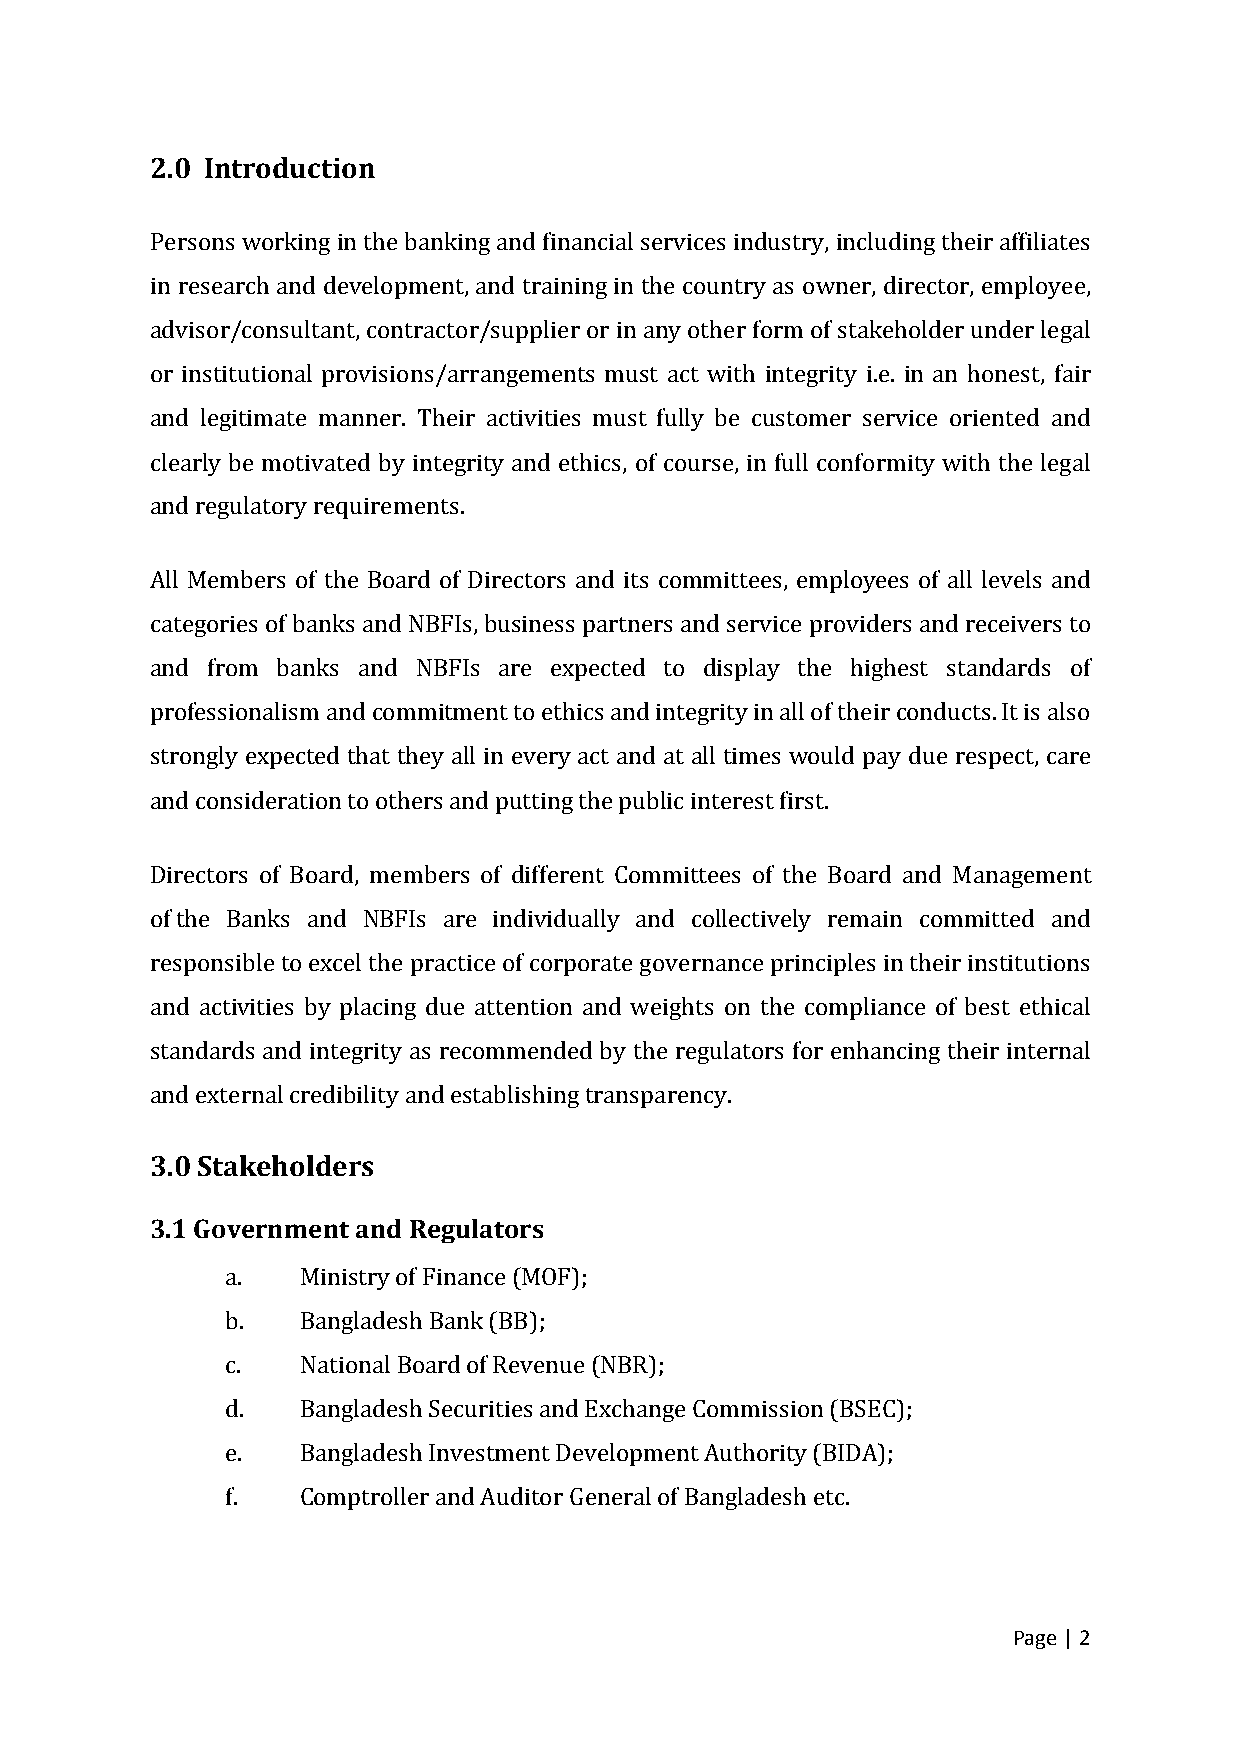
2.0 Introduction
 Persons working in the banking and financial services industry, including their affiliates
 in research and development, and training in the country as owner, director, employee,
 advisor/consultant, contractor/supplier or in any other form of stakeholder under legal
 or institutional provisions/arrangements must act with integrity i.e. in an honest, fair
 and legitimate manner. Their activities must fully be customer service oriented and
 clearly be motivated by integrity and ethics, of course, in full conformity with the legal
 and regulatory requirements.
 All Members of the Board of Directors and its committees, employees of all levels and
 categories of banks and NBFIs, business partners and service providers and receivers to
 and from banks and NBFIs are expected to display the highest standards of
 professionalism and commitment to ethics and integrity in all of their conducts. It is also
 strongly expected that they all in every act and at all times would pay due respect, care
 and consideration to others and putting the public interest first.
 Directors of Board, members of different Committees of the Board and Management
 of the Banks and NBFIs are individually and collectively remain committed and
 responsible to excel the practice of corporate governance principles in their institutions
 and activities by placing due attention and weights on the compliance of best ethical
 standards and integrity as recommended by the regulators for enhancing their internal
 and external credibility and establishing transparency.
 3.0 Stakeholders
 3.1 Government and Regulators
 a.   Ministry of Finance (MOF);
 b.   Bangladesh Bank (BB);
 c.   National Board of Revenue (NBR);
 d.   Bangladesh Securities and Exchange Commission (BSEC);
 e.   Bangladesh Investment Development Authority (BIDA);
 f.   Comptroller and Auditor General of Bangladesh etc.
 Page | 2